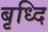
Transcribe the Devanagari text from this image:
बृध्दि